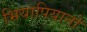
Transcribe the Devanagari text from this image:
भियापियानो